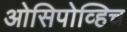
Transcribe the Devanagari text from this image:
ओसिपोव्हिच